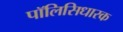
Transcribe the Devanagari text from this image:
पॉलिसिधारक